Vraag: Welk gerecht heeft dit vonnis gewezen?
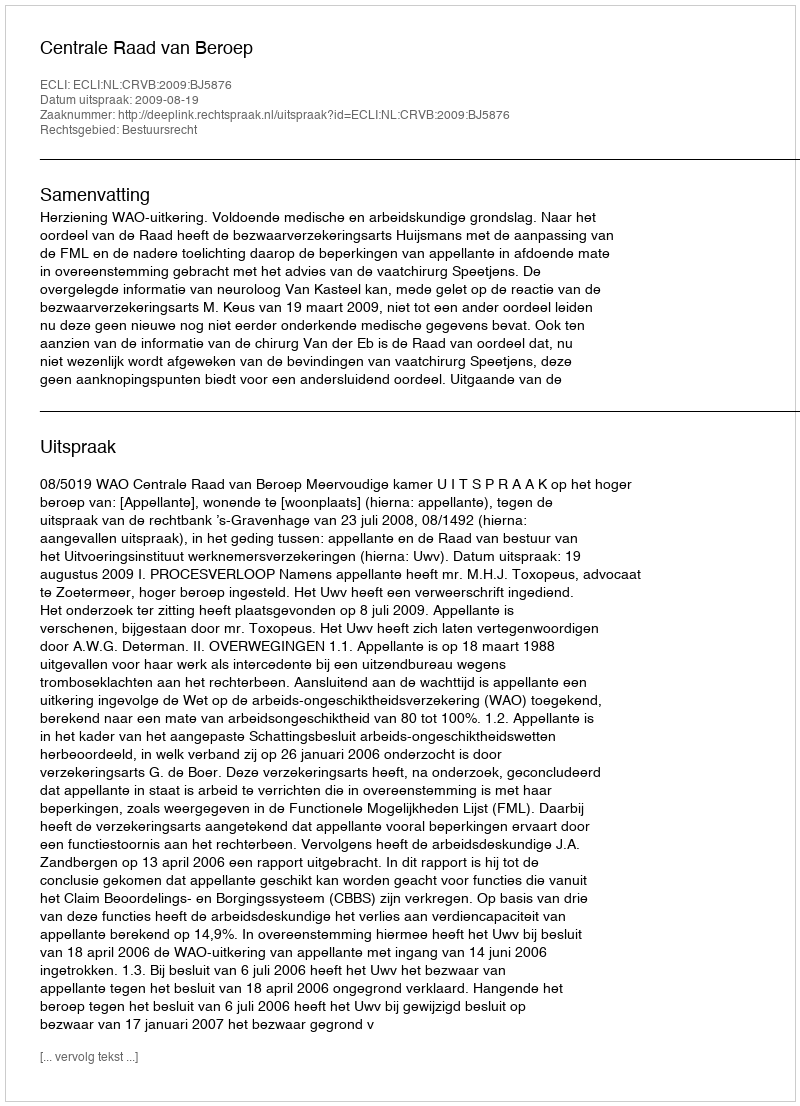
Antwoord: Centrale Raad van Beroep